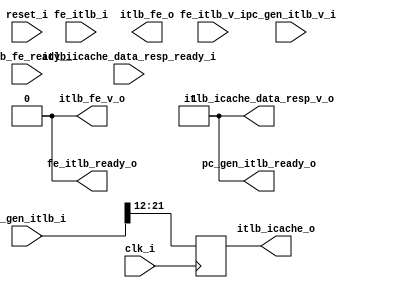
module itlb_vaddr_width_p39_paddr_width_p22_eaddr_width_p64_tag_width_p10_btb_indx_width_p9_bht_indx_width_p5_ras_addr_width_p22_asid_width_p10_ppn_start_bit_p12
(
  clk_i,
  reset_i,
  fe_itlb_i,
  fe_itlb_v_i,
  fe_itlb_ready_o,
  pc_gen_itlb_i,
  pc_gen_itlb_v_i,
  pc_gen_itlb_ready_o,
  itlb_icache_o,
  itlb_icache_data_resp_v_o,
  itlb_icache_data_resp_ready_i,
  itlb_fe_o,
  itlb_fe_v_o,
  itlb_fe_ready_i
);

  input [108:0] fe_itlb_i;
  input [63:0] pc_gen_itlb_i;
  output [9:0] itlb_icache_o;
  output [133:0] itlb_fe_o;
  input clk_i;
  input reset_i;
  input fe_itlb_v_i;
  input pc_gen_itlb_v_i;
  input itlb_icache_data_resp_ready_i;
  input itlb_fe_ready_i;
  output fe_itlb_ready_o;
  output pc_gen_itlb_ready_o;
  output itlb_icache_data_resp_v_o;
  output itlb_fe_v_o;
  wire [133:0] itlb_fe_o;
  wire fe_itlb_ready_o,pc_gen_itlb_ready_o,itlb_icache_data_resp_v_o,itlb_fe_v_o;
  reg [9:0] itlb_icache_o;
  assign pc_gen_itlb_ready_o = 1'b1;
  assign itlb_icache_data_resp_v_o = 1'b1;
  assign fe_itlb_ready_o = 1'b0;
  assign itlb_fe_v_o = 1'b0;

  always @(posedge clk_i) begin
    if(1'b1) begin
      { itlb_icache_o[9:0] } <= { pc_gen_itlb_i[21:12] };
    end
  end


endmodule